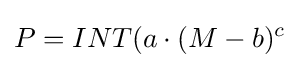
P=INT(a\cdot (M-b)^{c}